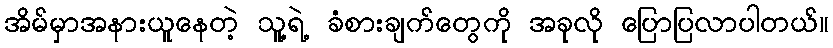
အိမ်မှာအနားယူနေတဲ့ သူ့ရဲ့ ခံစားချက်တွေကို အခုလို ပြောပြလာပါတယ်။